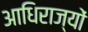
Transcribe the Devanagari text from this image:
आधिराज्यों